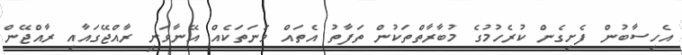
އެހިސާބުން ފެށިގެން ކުރެހުމުގެ މުބާރާތްތަކުން ތަފާތު އެތައް ވަނަތަކެއް އޭނާވަނީ ރާއްޖޭގައާއި ރާއްޖޭން